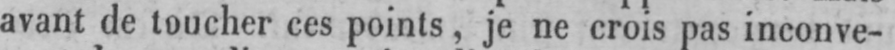
avant de toucher ces points, je ne crois pas inconve-